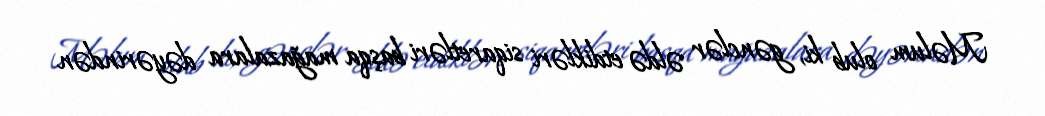
Məlum olub ki, gənclər əldə etdikləri siqaretləri başqa mağazalara dəyərindən